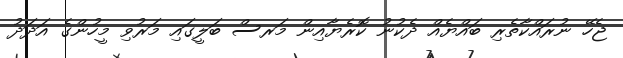
ޖެހޭ ނުރައްކާތެރި ބައްޔެއް ދެކުނު ކޮރެޔާއިން މަރސް ބަލީގައި މަރުވި މީހުންގެ އަދަދު